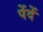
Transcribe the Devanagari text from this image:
पेंदें